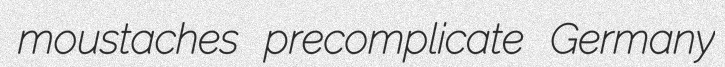
moustaches precomplicate Germany